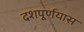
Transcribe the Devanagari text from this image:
दशपूर्णयास